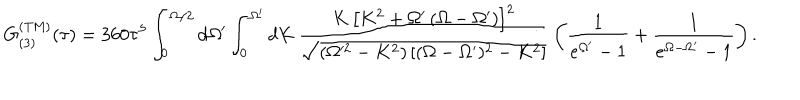
G _ { ( 3 ) } ^ { \mathrm { ( T M ) } } ( \tau ) = 3 6 0 \tau ^ { 5 } \int _ { 0 } ^ { \Omega / 2 } d \Omega ^ { \prime } \int _ { 0 } ^ { \Omega ^ { \prime } } d K \, \frac { K \, \left[ K ^ { 2 } + \Omega ^ { \prime } \left( \Omega - \Omega ^ { \prime } \right) \right] ^ { 2 } } { \sqrt { ( \Omega ^ { 2 } - K ^ { 2 } ) \left[ ( \Omega - \Omega ^ { \prime } ) ^ { 2 } - K ^ { 2 } \right] } } \, \left( \frac { 1 } { e ^ { \Omega ^ { \prime } } - 1 } + \frac { 1 } { e ^ { \Omega - \Omega ^ { \prime } } - 1 } \right) .